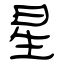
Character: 星